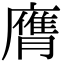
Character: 膺